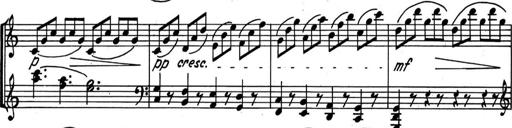
Title: Kleine Sonate
Composer: Raoul Koczalski
Key: C major